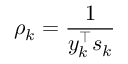
\rho _ { k } = { \frac { 1 } { y _ { k } ^ { \top } s _ { k } } }